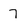
Character: 7